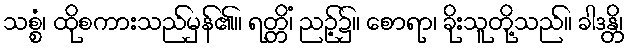
သစ္စံ၊ ထိုစကားသည်မှန်၏။ ရတ္တိံ၊ ညဉ့်၌။ စောရာ၊ ခိုးသူတို့သည်။ ခါဒန္တိ၊